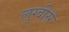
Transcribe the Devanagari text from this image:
लुग्दीसे